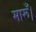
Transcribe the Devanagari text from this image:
मारूँ।